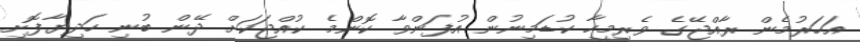
އަހަރުމެން ރާއްޖޭގެ ވެރިމީހާ ކުޑަމިނުން އުފަންވާ ކޮންމެ ކުއްޖަކަށް ދޭން ބުނި ހަދިޔާފޮށި